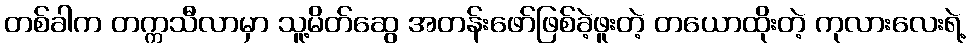
တစ်ခါက တက္ကသီလာမှာ သူ့မိတ်ဆွေ အတန်းဖော်ဖြစ်ခဲ့ဖူးတဲ့ တယောထိုးတဲ့ ကုလားလေးရဲ့